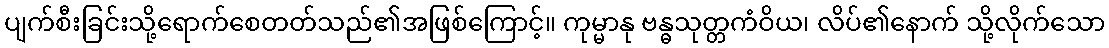
ပျက်စီးခြင်းသို့ရောက်စေတတ်သည်၏အဖြစ်ကြောင့်။ ကုမ္မာနု ဗန္ဓသုတ္တကံဝိယ၊ လိပ်၏နောက် သို့လိုက်သော